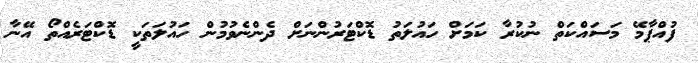
ފުއްޕާމޭ މަސައްކަތް ނުކުރާ ކަމަށް ހައުލަތު ޑޮކްޓަރުންނަށް ދެންނެވުމުން ހައުލަތަކީ ޑޮކްޓަރެއްތޯ އޭނާ